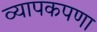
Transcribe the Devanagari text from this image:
व्यापकपणा